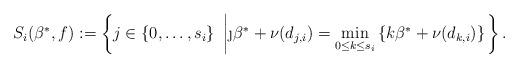
LaTeX: \begin{align*}S_i(\beta^{*}, f):=\left\{j\in\{0,\dots,s_i \}\ \left|\j\beta^{*}+\nu(d_{j,i})=\min\limits_{0\le k\le s_i}\left\{k\beta^{*}+\nu(d_{k,i})\right\}\right.\right\}.\end{align*}